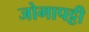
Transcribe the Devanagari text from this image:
जोगापट्टी